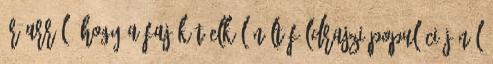
ír arról, hogy a faj két elkülönült földrajzi populációjánál